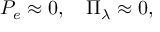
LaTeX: P _ { e } \approx 0 , \quad \Pi _ { \lambda } \approx 0 ,